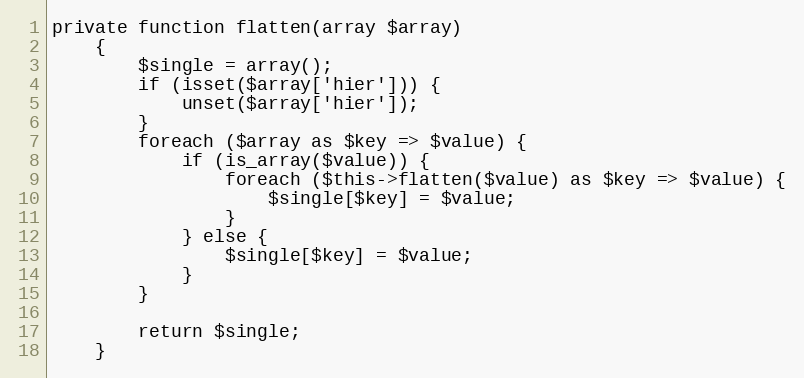
Language: PHP
private function flatten(array $array)
    {
        $single = array();
        if (isset($array['hier'])) {
            unset($array['hier']);
        }
        foreach ($array as $key => $value) {
            if (is_array($value)) {
                foreach ($this->flatten($value) as $key => $value) {
                    $single[$key] = $value;
                }
            } else {
                $single[$key] = $value;
            }
        }

        return $single;
    }